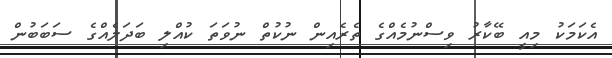
އެކަމަކު މިއީ ބޭކާރު ވިސްނުމެއްގެ ތެރެއިން ނުކުތް ނުވަތަ ކުއްލި ބަދަލެއްގެ ސަބަބުން